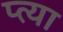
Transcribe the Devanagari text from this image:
प्त्या